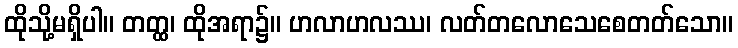
ထိုသို့မရှိပါ။ တတ္ထ၊ ထိုအရာ၌။ ဟလာဟလဿ၊ လတ်တလောသေစေတတ်သော။